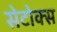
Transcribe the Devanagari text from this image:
सेटोक्स